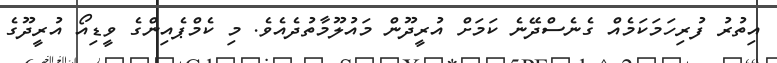
އިތުރު ފުރިހަމަކަމެއް ގެނެސްދޭނެ ކަމަށް އުރީދޫން މައުލޫމާތުދެއެވެ. މި ކެމްޕެއިންގެ ވީޑިއޯ އުރީދޫގެ